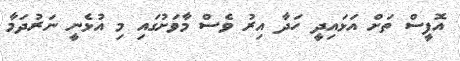
އޮފީސް ތަށް އަޅައިދީ ހަދާ އިރު ވެސް މާވަށުގައި މި އުޅެނީ ނަރުދަމާ